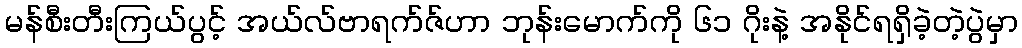
မန်စီးတီးကြယ်ပွင့် အယ်လ်ဗာရက်ဇ်ဟာ ဘုန်းမောက်ကို ၆၁ ဂိုးနဲ့ အနိုင်ရရှိခဲ့တဲ့ပွဲမှာ